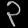
Digit: ၃